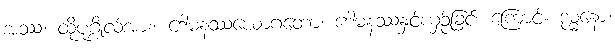
အဿ၊ ထိုပုဂ္ဂိုလ်အား။ ဒေါမနဿယောဂတော၊ ဒေါမနဿနှင့်ယှဉ်ခြင်း ကြောင့်။ ဒုမ္မနော၊